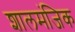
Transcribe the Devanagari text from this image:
शालमंजिक